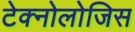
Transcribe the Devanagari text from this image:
टेक्नोलोजिस